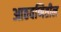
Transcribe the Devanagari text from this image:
आठवणितील